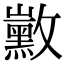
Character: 𪑛